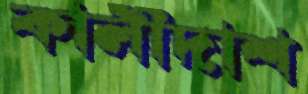
কালীদাশ